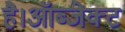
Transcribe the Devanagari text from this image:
है।ऑब्जेक्ट